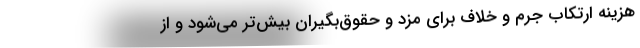
هزینه ارتکاب جرم و خلاف برای مزد و حقوق‌بگیران بیش‌تر می‌شود و از